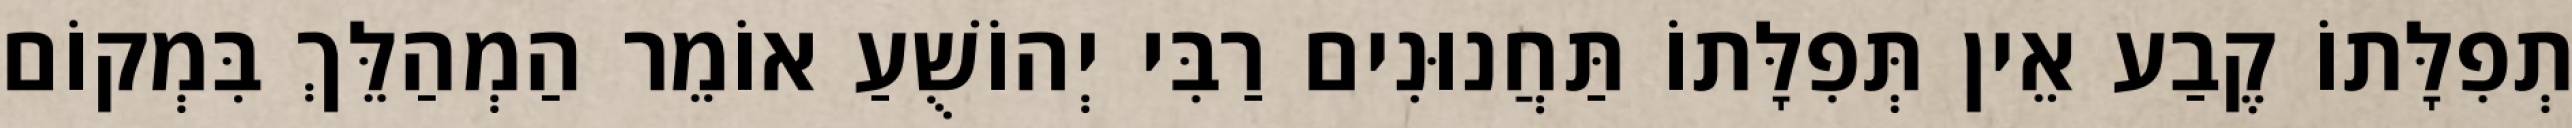
תְפִלָּתוֹ קֶבַע אֵין תְּפִלָּתוֹ תַּחֲנוּנִים רַבִּי יְהוֹשֻׁעַ אוֹמֵר הַמְהַלֵּךְ בִּמְקוֹם